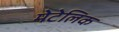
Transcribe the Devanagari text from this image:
मेटेलिक